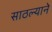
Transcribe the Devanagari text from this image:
साठल्याने